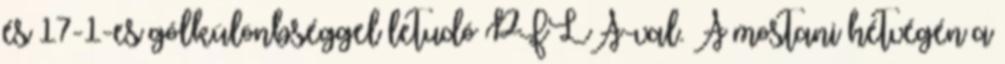
és 17-1-es gólkülönbséggel letudó PFLA-val. A mostani hétvégén a